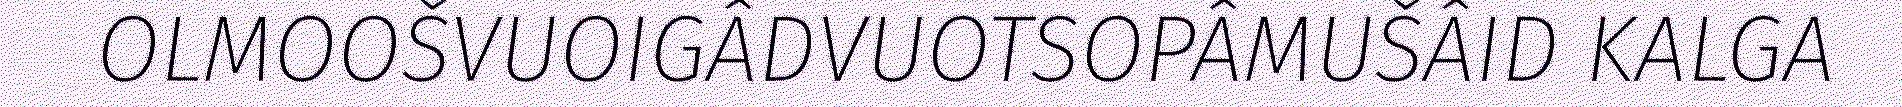
OLMOOŠVUOIGÂDVUOTSOPÂMUŠÂID KALGA